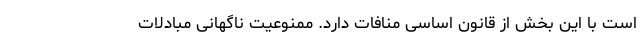
است با این بخش از قانون اساسی منافات دارد. ممنوعیت ناگهانی مبادلات